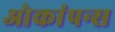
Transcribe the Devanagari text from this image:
ओकांपन्स